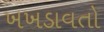
ખખડાવતો